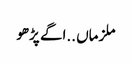
ملزماں ..اگے پڑھو